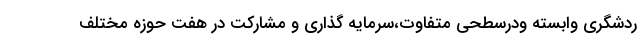
ردشگری وابسته ودرسطحی متفاوت،سرمایه گذاری و مشارکت در هفت حوزه مختلف